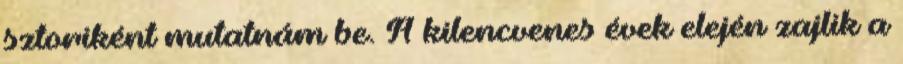
sztoriként mutatnám be. A kilencvenes évek elején zajlik a